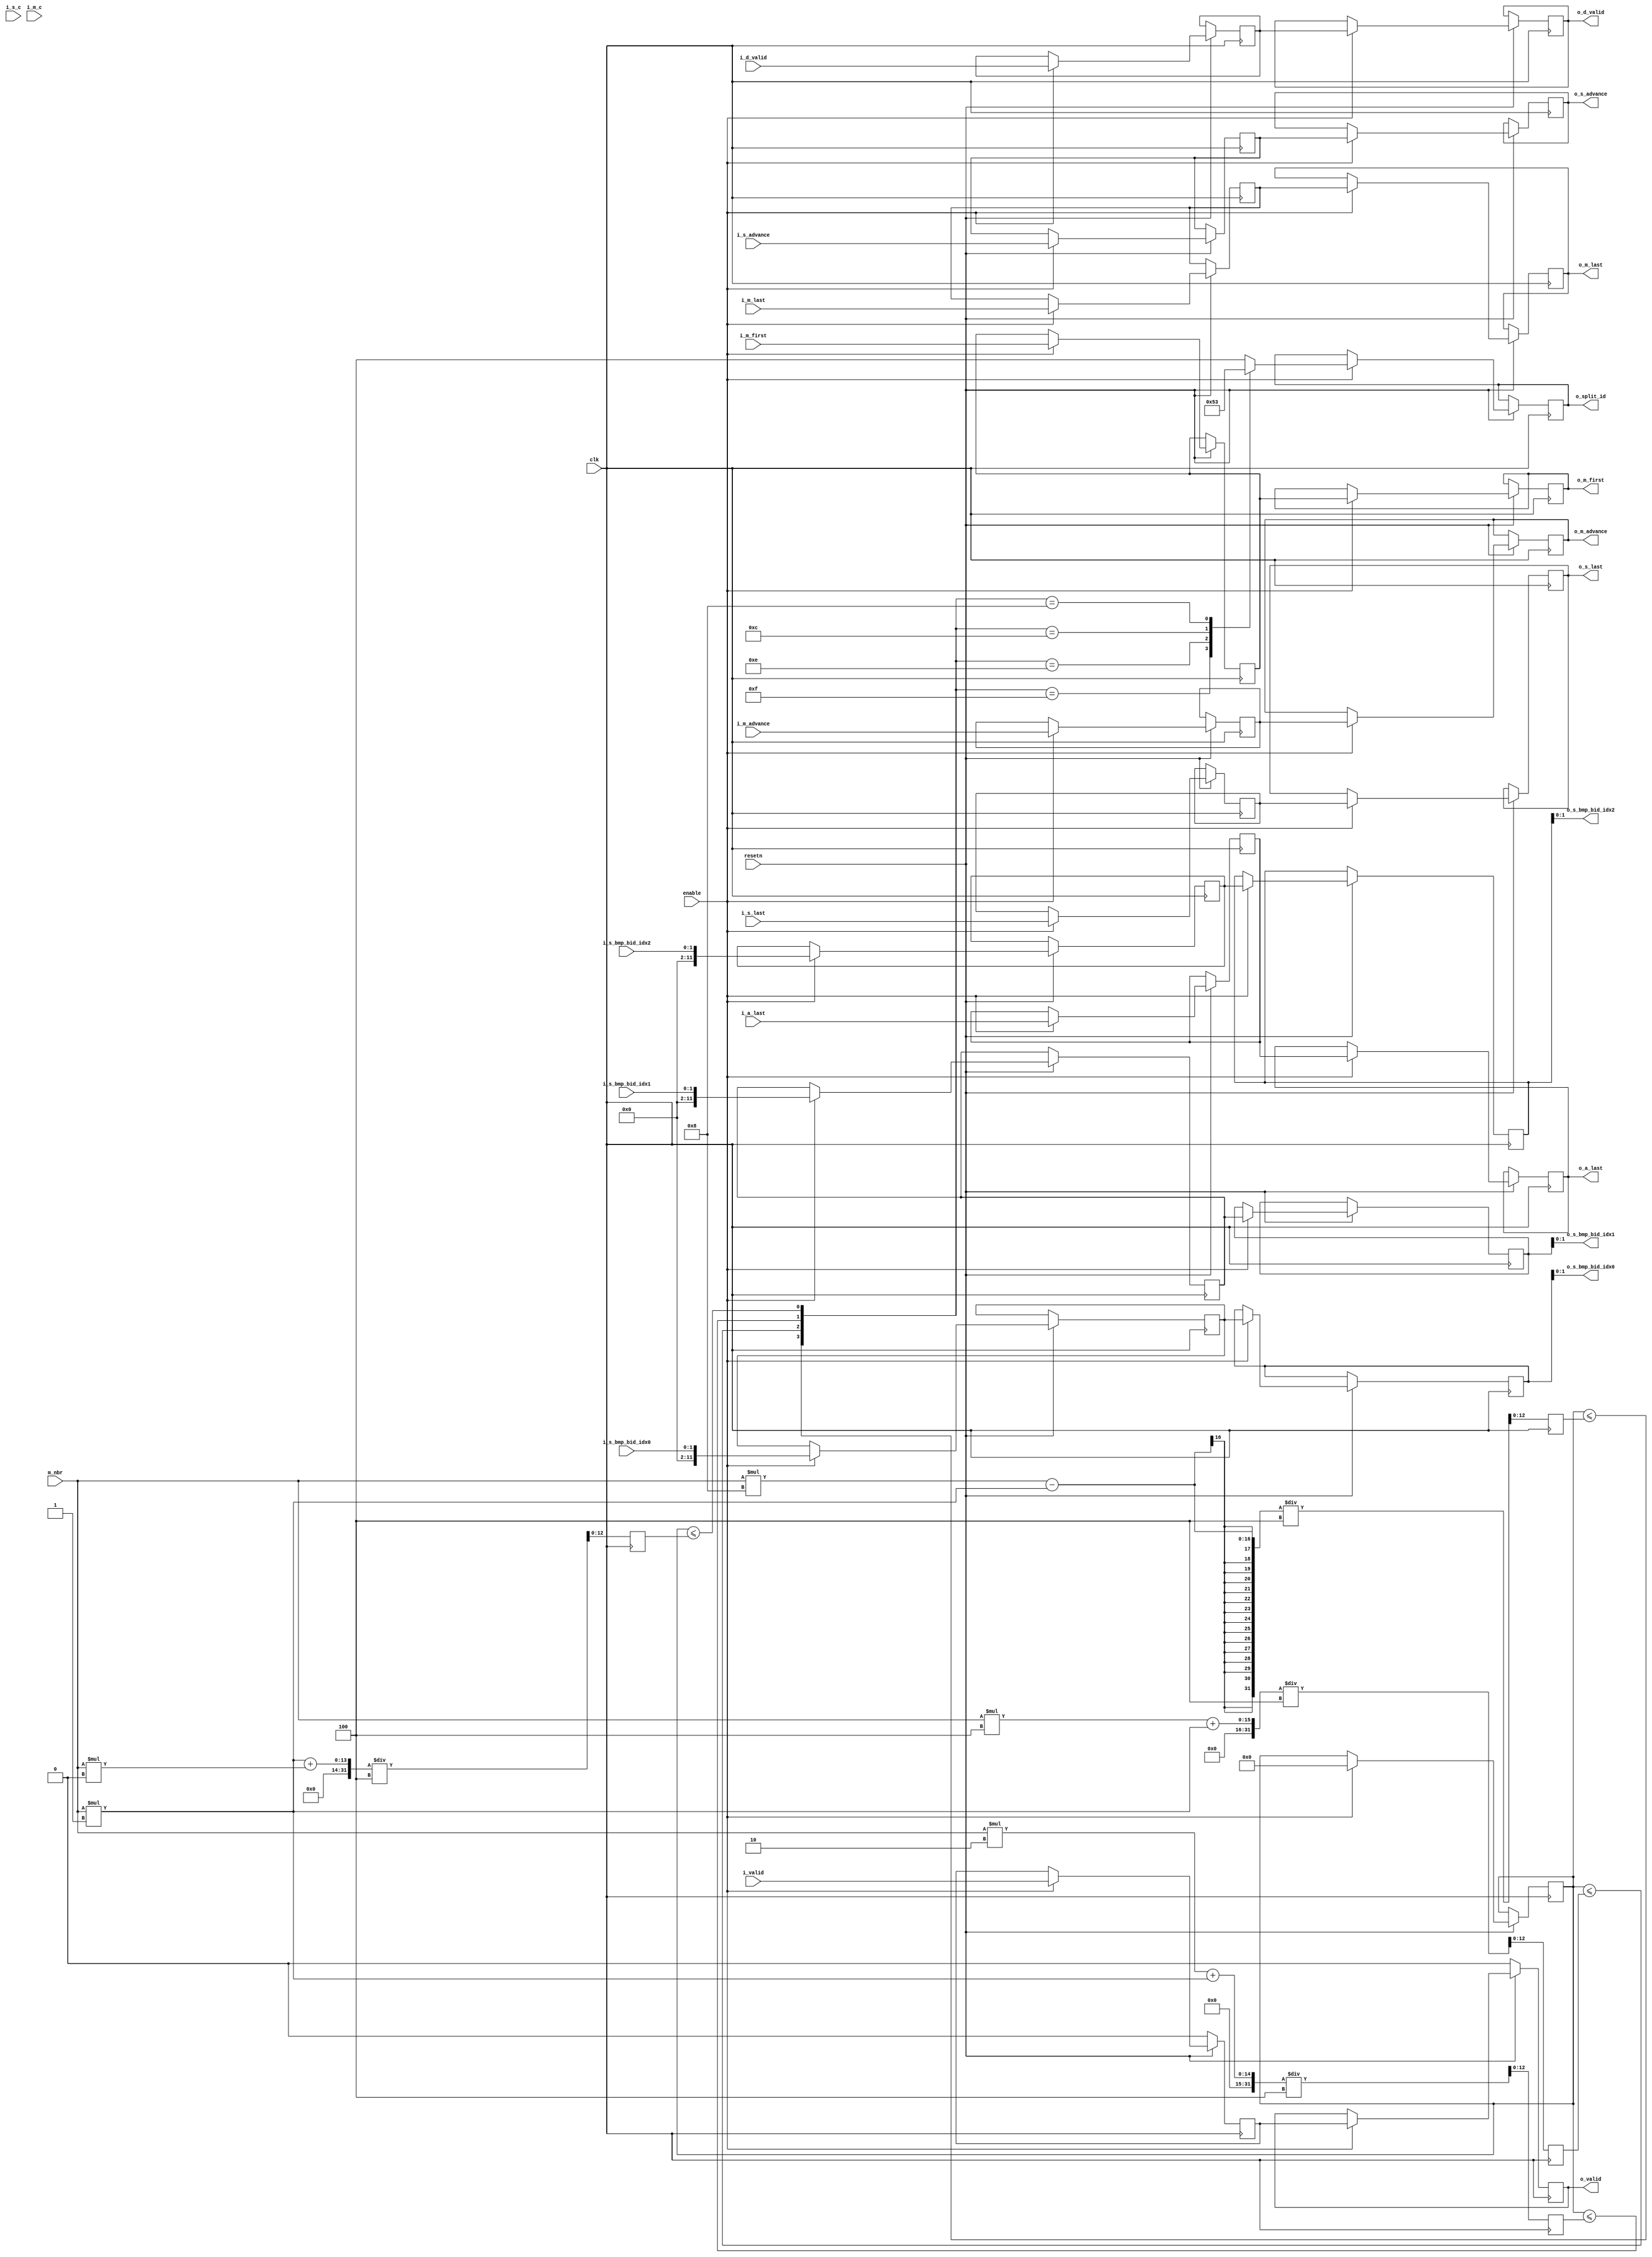
module scaler_spliter # (
	parameter integer C_S_WIDTH = 12,
	parameter integer C_M_WIDTH = 12,
	parameter integer C_S_BMP   = 0 ,
	parameter integer C_S_BID   = 0 ,
	parameter integer C_S_IDX   = 0 ,	/// C_S_WIDTH or 0
	parameter integer C_SPLIT_ID_WIDTH = 2,
	parameter integer C_TEST    = 0
) (
	input wire clk,
	input wire resetn,

	///input [C_S_WIDTH-1:0] s_nbr,
	input [C_M_WIDTH-1:0] m_nbr,

	input wire enable,

	input  wire                                       i_valid         ,
	input  wire                                       i_s_advance     ,
	input  wire                                       i_s_last        ,
	input  wire [C_S_WIDTH + C_M_WIDTH        :0]     i_s_c           ,
	input  wire [C_S_BMP + C_S_BID + C_S_IDX - 1 : 0] i_s_bmp_bid_idx0,
	input  wire [C_S_BMP + C_S_BID + C_S_IDX - 1 : 0] i_s_bmp_bid_idx1,
	input  wire [C_S_BMP + C_S_BID + C_S_IDX - 1 : 0] i_s_bmp_bid_idx2,
	input  wire                                       i_m_advance     ,
	input  wire                                       i_m_first       ,
	input  wire                                       i_m_last        ,
	input  wire [C_S_WIDTH + C_M_WIDTH        :0]     i_m_c           ,
	input  wire                                       i_a_last        ,
	input  wire                                       i_d_valid       ,

	output wire                                       o_valid         ,
	output wire                                       o_s_advance     ,
	output wire                                       o_s_last        ,
	output wire [C_S_BMP + C_S_BID + C_S_IDX - 1 : 0] o_s_bmp_bid_idx0,
	output wire [C_S_BMP + C_S_BID + C_S_IDX - 1 : 0] o_s_bmp_bid_idx1,
	output wire [C_S_BMP + C_S_BID + C_S_IDX - 1 : 0] o_s_bmp_bid_idx2,
	output wire                                       o_m_advance     ,
	output wire                                       o_m_first       ,
	output wire                                       o_m_last        ,
	output wire                                       o_a_last        ,
	output wire                                       o_d_valid       ,
	output wire [C_SPLIT_ID_WIDTH : 0]                o_split_id
);

	localparam integer C_SPLITERN = (1 << C_SPLIT_ID_WIDTH);
///////////////////////////////////// spliter //////////////////////////////////
	reg[C_M_WIDTH:0]   spliter[C_SPLITERN-1:0];
	always @ (posedge clk) begin
		spliter[0] <= (m_nbr * 1 + m_nbr * 0) / 4;
		spliter[1] <= (m_nbr * 2 + m_nbr * 1) / 4;
		spliter[2] <= (m_nbr * 4 + m_nbr * 1) / 4;
		spliter[3] <= (m_nbr * 8 - m_nbr * 1) / 4;
	end

///////////////////////////////////// input ////////////////////////////////////
	wire input_same01;
generate
if (C_S_BID) begin
	wire [C_S_BID-1:0] bid0;
	wire [C_S_BID-1:0] bid1;
	assign bid0 = i_s_bmp_bid_idx0[C_S_BID+C_S_IDX-1:C_S_IDX];
	assign bid1 = i_s_bmp_bid_idx1[C_S_BID+C_S_IDX-1:C_S_IDX];
	assign input_same01 = (bid0 == bid1);
end
else if (C_S_BMP) begin
	wire [C_S_BMP-1:0] bmp0;
	wire [C_S_BMP-1:0] bmp1;
	assign bmp0 = i_s_bmp_bid_idx0[C_S_BMP+C_S_BID+C_S_IDX-1:C_S_BID+C_S_IDX];
	assign bmp1 = i_s_bmp_bid_idx1[C_S_BMP+C_S_BID+C_S_IDX-1:C_S_BID+C_S_IDX];
	assign input_same01 = (bmp0 == bmp1);
end
else if (C_S_IDX) begin
	wire [C_S_WIDTH-1:0] idx0;
	wire [C_S_WIDTH-1:0] idx1;
	assign idx0 = i_s_bmp_bid_idx0[C_S_IDX-1:0];
	assign idx1 = i_s_bmp_bid_idx1[C_S_IDX-1:0];
	assign input_same01 = (idx0 == idx1);
end
else begin
	assign input_same01 = 1;
end
endgenerate

////////////////////////////////////// delay 0 /////////////////////////////////
	reg                                         dly0_valid         ;
	reg                                         dly0_s_advance     ;
	reg                                         dly0_s_last        ;
	reg [C_S_BMP + C_S_BID + C_S_WIDTH - 1 : 0] dly0_s_bmp_bid_idx0;
	reg [C_S_BMP + C_S_BID + C_S_WIDTH - 1 : 0] dly0_s_bmp_bid_idx1;
	reg [C_S_BMP + C_S_BID + C_S_WIDTH - 1 : 0] dly0_s_bmp_bid_idx2;
	reg                                         dly0_m_advance     ;
	reg                                         dly0_m_first       ;
	reg                                         dly0_m_last        ;
	reg                                         dly0_a_last        ;
	reg                                         dly0_d_valid       ;
	reg [C_M_WIDTH     :0]                      dly0_diff          ;

	always @ (posedge clk) begin
		if (resetn == 1'b0)
			dly0_valid          <= 0               ;
		else if (enable) begin
			dly0_valid          <= i_valid         ;
			dly0_s_advance      <= i_s_advance     ;
			dly0_s_last         <= i_s_last        ;
			dly0_s_bmp_bid_idx0 <= i_s_bmp_bid_idx0;
			dly0_s_bmp_bid_idx1 <= i_s_bmp_bid_idx1;
			dly0_s_bmp_bid_idx2 <= i_s_bmp_bid_idx2;
			dly0_m_advance      <= i_m_advance     ;
			dly0_m_first        <= i_m_first       ;
			dly0_m_last         <= i_m_last        ;
			dly0_a_last         <= i_a_last        ;
			dly0_d_valid        <= i_d_valid       ;
			dly0_diff           <= (input_same01 ? 0 : (i_s_c - i_m_c));
		end
	end

	wire[C_SPLITERN-1:0]                        dly0_cmp           ;
generate
genvar i;
for (i = 0; i < C_SPLITERN; i=i+1) begin: single_cmp
	assign dly0_cmp[i] = (dly0_diff <= spliter[i]);
end
endgenerate

////////////////////////////////////// delay 1 /////////////////////////////////
	reg                                         dly1_valid         ;
	reg                                         dly1_s_advance     ;
	reg                                         dly1_s_last        ;
	reg [C_S_BMP + C_S_BID + C_S_WIDTH - 1 : 0] dly1_s_bmp_bid_idx0;
	reg [C_S_BMP + C_S_BID + C_S_WIDTH - 1 : 0] dly1_s_bmp_bid_idx1;
	reg [C_S_BMP + C_S_BID + C_S_WIDTH - 1 : 0] dly1_s_bmp_bid_idx2;
	reg                                         dly1_m_advance     ;
	reg                                         dly1_m_first       ;
	reg                                         dly1_m_last        ;
	reg                                         dly1_a_last        ;
	reg                                         dly1_d_valid       ;
	reg [C_SPLIT_ID_WIDTH : 0]                  dly1_split_id      ;


	always @ (posedge clk) begin
		if (resetn == 1'b0)
			dly1_valid          <= 0                  ;
		else if (enable) begin
			dly1_valid          <= dly0_valid         ;
			dly1_s_advance      <= dly0_s_advance     ;
			dly1_s_last         <= dly0_s_last        ;
			dly1_s_bmp_bid_idx0 <= dly0_s_bmp_bid_idx0;
			dly1_s_bmp_bid_idx1 <= dly0_s_bmp_bid_idx1;
			dly1_s_bmp_bid_idx2 <= dly0_s_bmp_bid_idx2;
			dly1_m_advance      <= dly0_m_advance     ;
			dly1_m_first        <= dly0_m_first       ;
			dly1_m_last         <= dly0_m_last        ;
			dly1_a_last         <= dly0_a_last        ;
			dly1_d_valid        <= dly0_d_valid       ;

			case (dly0_cmp)
			4'b1111: dly1_split_id <= 0;
			4'b1110: dly1_split_id <= 1;
			4'b1100: dly1_split_id <= 2;
			4'b1000: dly1_split_id <= 3;
			default: dly1_split_id <= 4;
			endcase
		end
	end

	assign o_valid          = dly1_valid         ;
	assign o_s_advance      = dly1_s_advance     ;
	assign o_s_last         = dly1_s_last        ;
	assign o_s_bmp_bid_idx0 = dly1_s_bmp_bid_idx0;
	assign o_s_bmp_bid_idx1 = dly1_s_bmp_bid_idx1;
	assign o_s_bmp_bid_idx2 = dly1_s_bmp_bid_idx2;
	assign o_m_advance      = dly1_m_advance     ;
	assign o_m_first        = dly1_m_first       ;
	assign o_m_last         = dly1_m_last        ;
	assign o_a_last         = dly1_a_last        ;
	assign o_d_valid        = dly1_d_valid       ;
	assign o_split_id       = dly1_split_id      ;

endmodule